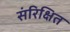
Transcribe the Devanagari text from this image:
संरिक्षित